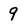
Character: 9